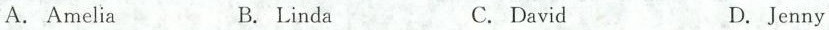
A. Amelia B.Linda C.David D.Jenny